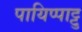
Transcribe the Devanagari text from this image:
पायिप्पाट्टु